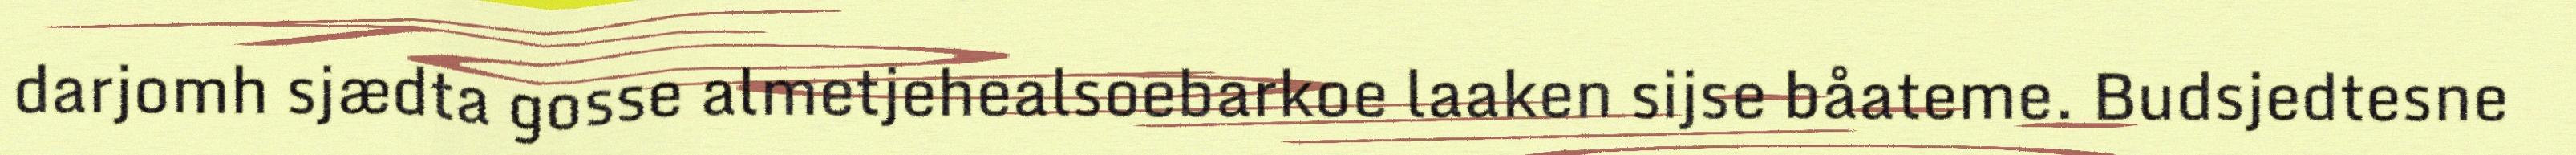
darjomh sjædta gosse almetjehealsoebarkoe laaken sijse båateme. Budsjedtesne